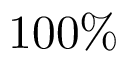
1 0 0 \%